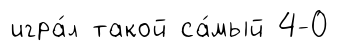
игра́л такой са́мый 4-0